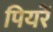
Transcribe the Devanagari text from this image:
पियरें